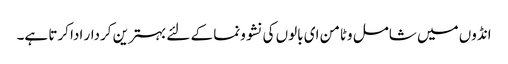
انڈوں میں شامل وٹامن ای بالوں کی نشوونما کے لئے بہترین کردار ادا کرتا ہے۔